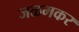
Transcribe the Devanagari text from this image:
जळमकर